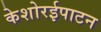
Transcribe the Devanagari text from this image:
केशोरईपाटन